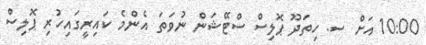
10:00 އަށް ސ. ހިތަދޫ ޕޮލިސް ސްޓޭޝަން ނުވަތަ އެންމެ ކައިރީގައިހުރި ޕޮލިސް